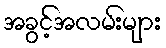
အခွင့်အလမ်းများ